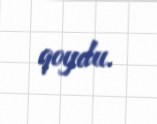
qoydu.